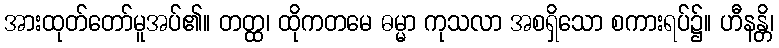
အားထုတ်တော်မူအပ်၏။ တတ္ထ၊ ထိုကတမေ ဓမ္မာ ကုသလာ အစရှိသော စကားရပ်၌။ ဟီနန္တိ၊